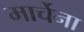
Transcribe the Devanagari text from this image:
मार्चेना